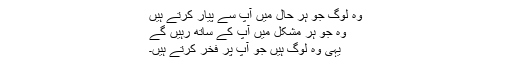
وہ لوگ جو ہر حال میں آپ سے پیار کرتے ہیں
وہ جو ہر مشکل میں آپ کے ساتھ رہیں گے
یہی وہ لوگ ہیں جو آپ پر فخر کرتے ہیں۔